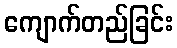
ကျောက်တည်ခြင်း